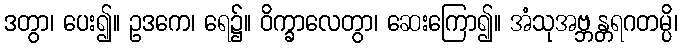
ဒတွာ၊ ပေး၍။ ဥဒကေ၊ ရေ၌။ ဝိက္ခာလေတွာ၊ ဆေးကြော၍။ အံသုအဗ္ဘန္တရဂတမ္ပိ၊